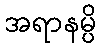
အရာနမ္ပိ